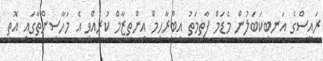
ރައީސްގެ އަނބިކަބަލުން މެޑަމް ފާތިމަތު އިބްރާހިމް އިންތިޒާމް ކުރެއްވި އެ މަހާސިންތާގައި އޮތީ